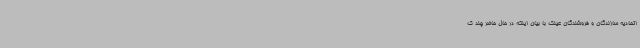
اتحادیه سازندگان و فروشندگان عینک با بیان اینکه در حال حاضر چند ک